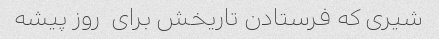
شیری که فرستادن تاریخش برای  روز پیشه